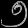
Digit: ၅